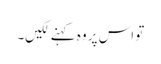
تو اس پر وہ کہنے لگیں۔